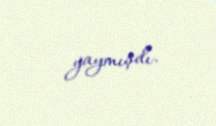
yaymışdı.